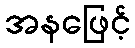
အနဖြေင့်